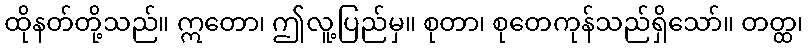
ထိုနတ်တို့သည်။ ဣတော၊ ဤလူ့ပြည်မှ။ စုတာ၊ စုတေကုန်သည်ရှိသော်။ တတ္ထ၊